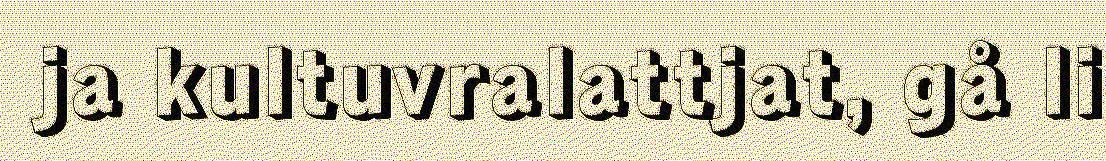
ja kultuvralattjat, gå li